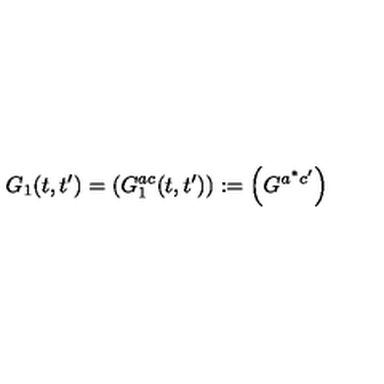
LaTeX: G _ { 1 } ( t , t ^ { \prime } ) = \left( G _ { 1 } ^ { a c } ( t , t ^ { \prime } ) \right) : = \left( G ^ { a ^ { * } c ^ { \prime } } \right)